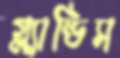
গ্ল্যান্ডিস